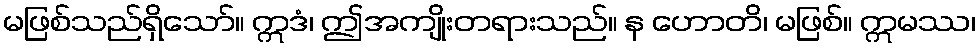
မဖြစ်သည်ရှိသော်။ ဣဒံ၊ ဤအကျိုးတရားသည်။ န ဟောတိ၊ မဖြစ်။ ဣမဿ၊